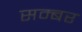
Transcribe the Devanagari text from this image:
सम्बर